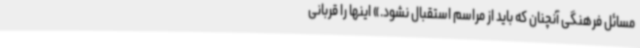
مسائل فرهنگی آنچنان که باید از مراسم استقبال نشود.» اینها را قربانی